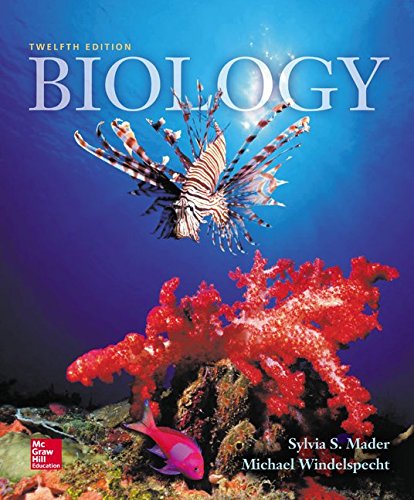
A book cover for Biology; Sylvia Mader; Science & Math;